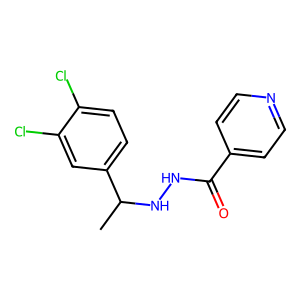
SMILES: CC(NNC(=O)c1ccncc1)c1ccc(Cl)c(Cl)c1
Inhibits HIV replication: No